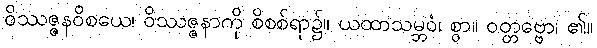
ဝိဿဇ္ဇနဝိစယေ၊ ဝိဿဇ္ဇနာကို စိစစ်ရာ၌။ ယထာသမ္ဘဝံ၊ စွာ။ ဝတ္တဗ္ဗော၊ ၏။